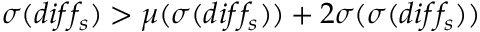
\sigma ( d i f f _ { s } ) > \mu ( \sigma ( d i f f _ { s } ) ) + 2 \sigma ( \sigma ( d i f f _ { s } ) )